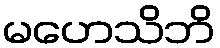
မဟေသိဘိ